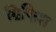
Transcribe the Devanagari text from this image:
ग्रिफिश